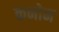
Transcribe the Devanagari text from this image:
कनोन